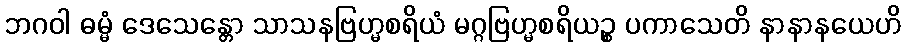
ဘဂဝါ ဓမ္မံ ဒေသေန္တော သာသနဗြဟ္မစရိယံ မဂ္ဂဗြဟ္မစရိယဉ္စ ပကာသေတိ နာနာနယေဟိ